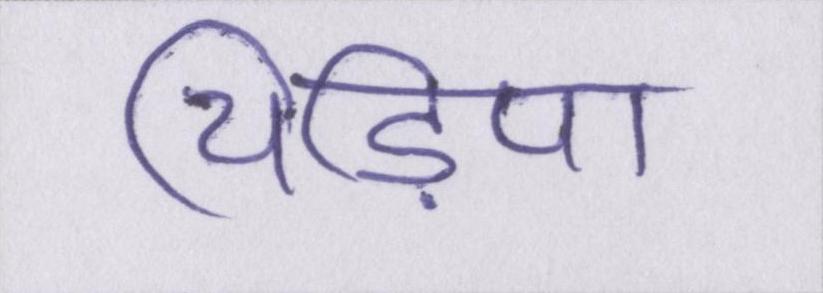
चिड़िया